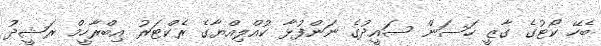
ބެހޭ ކޯޓުގެ ގާޒީ ހަސަން ސައީދުގެ ނަންފުޅާ ކުއްލިއްޔާގެ ރެކްޓަރު އިބްރާހީމް ރަޝީދު